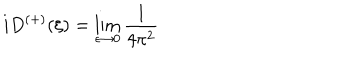
LaTeX: i D ^ { \left( + \right) } ( \xi ) = \lim _ { \epsilon \rightarrow 0 } \frac { 1 } { 4 \pi ^ { 2 } }